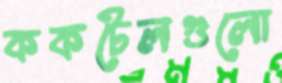
ককটেলগুলো